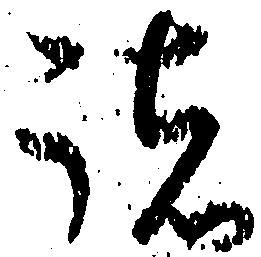
諸